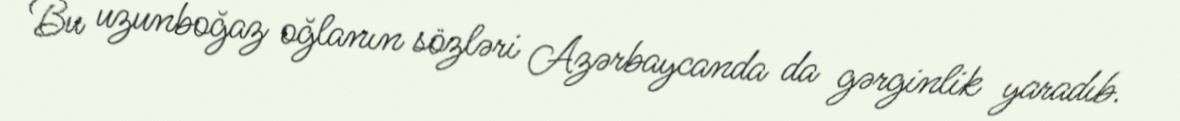
Bu uzunboğaz oğlanın sözləri Azərbaycanda da gərginlik yaradıb.